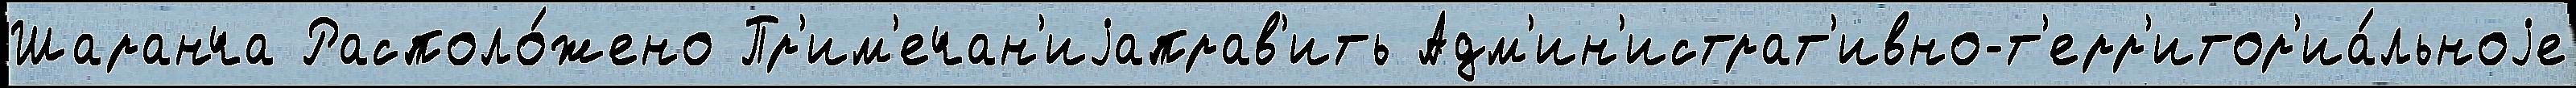
Шаранча Располо́жено Пр'им'ечан'иjаправ'ить Адм'ин'истрат'ивно-т'ерр'итор'иа́льноjе